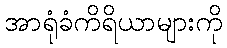
အာရုံခံကိရိယာများကို